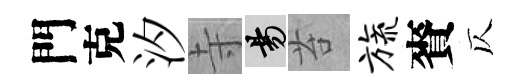
門克汐寺昜苔旒賚仄